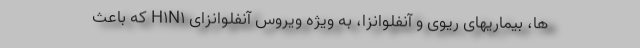
ها، بیماریهای ریوی و آنفلوانزا، به ویژه ویروس آنفلوانزای H۱N۱ که باعث